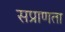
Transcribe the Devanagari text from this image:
सप्राणता